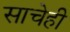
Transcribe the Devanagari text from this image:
साचेही